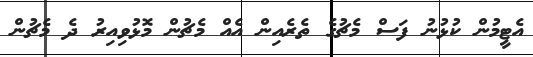
އެޓީމުން ކުޅުނު ފަސް މެޗުގެ ތެރެއިން އެއް މެޗުން މޮޅުވިއިރު ދެ މެޗުން